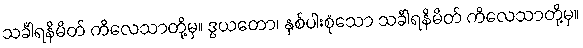
သင်္ခါရနိမိတ် ကိလေသာတို့မှ။ ဒွယတော၊ နှစ်ပါးစုံသော သင်္ခါရနိမိတ် ကိလေသာတို့မှ။